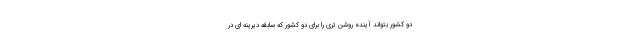
دو کشور بتواند آینده روشن تری را برای دو کشور که سابقه دیرینه ای در